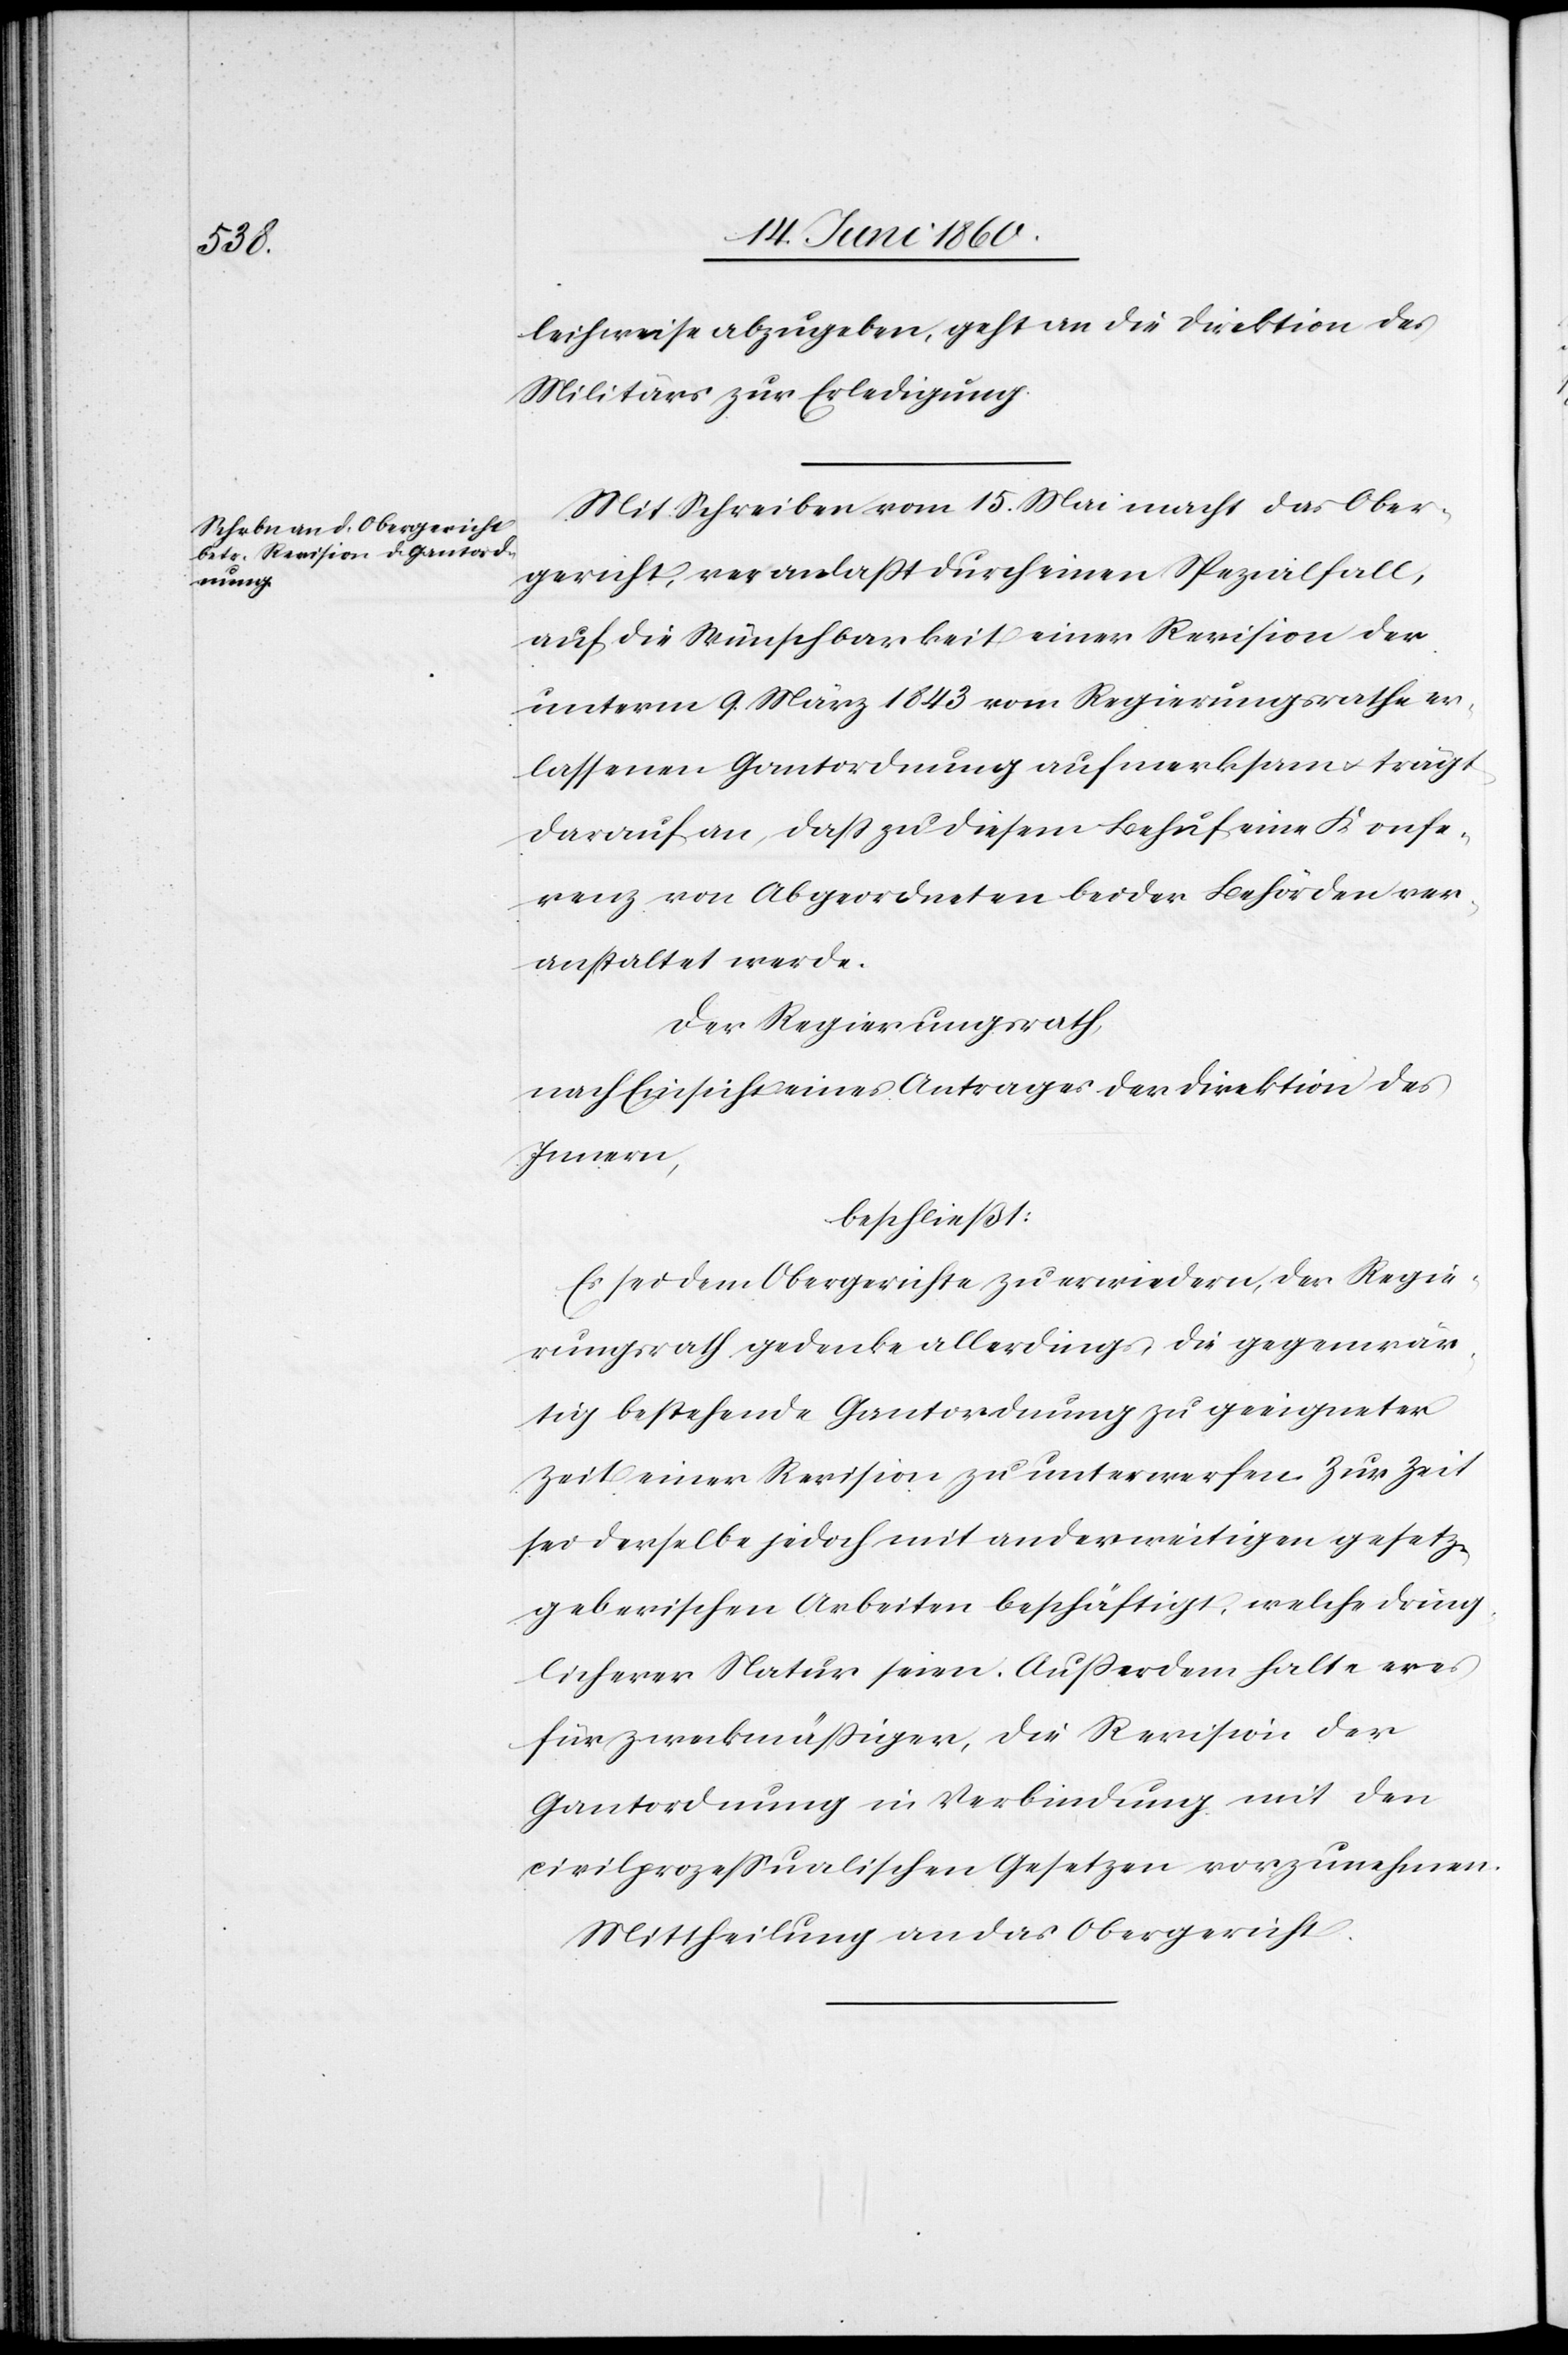
leihweise abzugeben, geht an die Direktion des
Militärs zur Erledigung.
Mit Schreiben vom 15. Mai macht das Ober¬
gericht, veranlasst durch einen Spezialfall,
auf die Wünschbarkeit einer Revision der
unterm 9. März 1843 vom Regierungsrathe er¬
lassenen Gantordnung aufmerksam u. trägt
darauf an, dass zu diesem Behuf eine Konfe¬
renz von Abgeordneten beider Behörden ver¬
anstaltet werde.
Der Regierungsrath,
nach Einsicht eines Antrages der Direktion des
Innern,
beschließt:
Es sei dem Obergerichte zu erwiedern, der Regie¬
rungsrath gedenke allerdings, die gegenwär¬
tig bestehende Gantordnung zu geeigneter
Zeit einer Revision zu unterwerfen. Zur Zeit
sei derselbe jedoch mit anderweitigen gesetz¬
geberischen Arbeiten beschäftigt, welche dring¬
licherer Natur seien. Ausserdem halte er es
für zweckmässiger, die Revision der
Gantordnung in Verbindung mit den
civilprozessualischen Gesetzen vorzunehmen.
Mittheilung an das Obergericht.